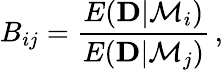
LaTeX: B_{ij}={\frac{E({\mathbf D}|{\cal M}_{i})}{E({\mathbf D}|{\cal M}_{j})}}\, ,